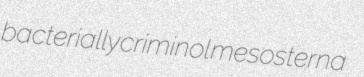
bacterially criminol mesosterna